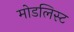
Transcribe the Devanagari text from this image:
मोडलिस्ट